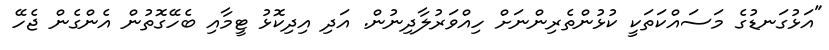
"އަޅުގަނޑުގެ މަސައްކަތަކީ ކުޅުންތެރިންނަށް ހިއްވަރުލާދިނުން. އަދި އިދިކޮޅު ޓީމާއި ބެހޭގޮތުން އެންގެން ޖެހޭ